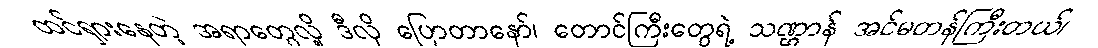
ထင်ရှားနေတဲ့ အရာတွေလို့ ဒီလို ပြောတာနော်၊ တောင်ကြီးတွေရဲ့ သဏ္ဌာန် အင်မတန်ကြီးတယ်၊